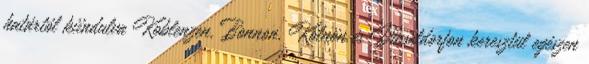
határtól kiindulva Koblenzen, Bonnon, Kölnön és Düsseldorfon keresztül egészen